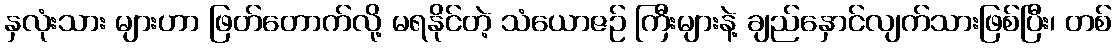
နှလုံးသား များဟာ ဖြတ်တောက်လို့ မရနိုင်တဲ့ သံယောဇဉ် ကြီးများနဲ့ ချည်နှောင်လျက်သားဖြစ်ပြီး၊ တစ်